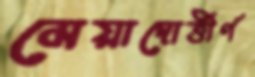
মেয়াদোর্ত্তীর্ণ